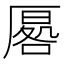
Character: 𭆔